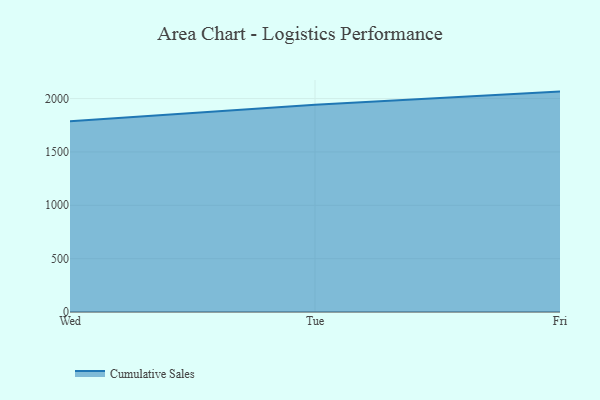
{"axis": {"x": "Day", "y": "Demand Index"}, "legend": ["Cumulative Sales"], "data": [{"x": "Wed", "y": 1787.0, "type": "Cumulative Sales"}, {"x": "Tue", "y": 1941.3, "type": "Cumulative Sales"}, {"x": "Fri", "y": 2065.5, "type": "Cumulative Sales"}]}